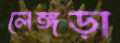
লেঙ্গড়া